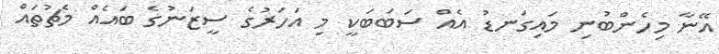
އޭނާ މިހެންބުނި މައިގަނޑު އެއް ސަބަބަކީ މި އަހަރުގެ ސީޒަނުގެ ބައެއް މެޗުތައް